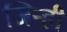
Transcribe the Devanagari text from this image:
जिन्ही